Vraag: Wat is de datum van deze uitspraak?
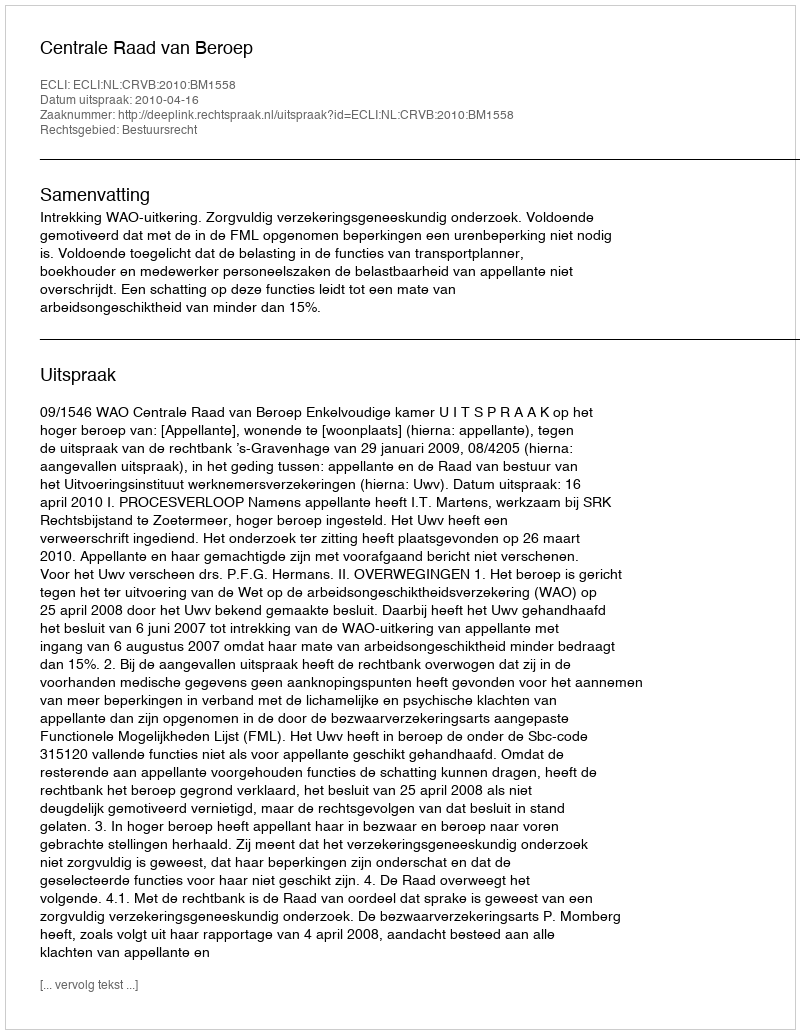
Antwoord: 2010-04-16